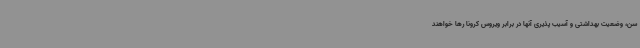
سن، وضعیت بهداشتی و آسیب پذیری آنها در برابر ویروس کرونا رها خواهند